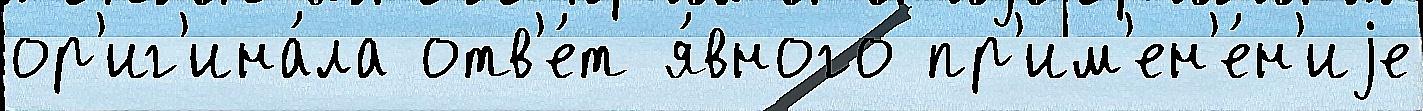
ор'иг'ина́ла отв'е́т я́вного пр'им'ен'е́н'иjе